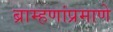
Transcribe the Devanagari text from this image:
ब्राम्हणांप्रमाणे